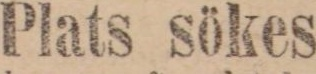
Plats sökes